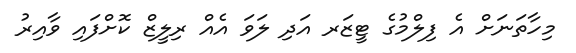
މިހާތަނަށް އެ ފިލްމުގެ ޓީޒަރ އަދި ލަވަ އެއް ރިލީޒް ކޮށްފައި ވާއިރު